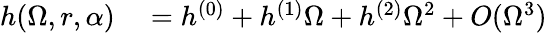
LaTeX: \begin{array}{rl}{h(\Omega,r,\alpha)}&{{}=h^{(0)}+h^{(1)}\Omega+h^{(2)}\Omega^{2}+O(\Omega^{3})}\end{array}